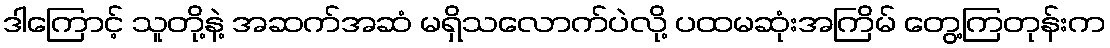
ဒါကြောင့် သူတို့နဲ့ အဆက်အဆံ မရှိသလောက်ပဲလို့ ပထမဆုံးအကြိမ် တွေ့ကြတုန်းက